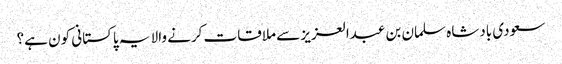
سعودی بادشاہ سلمان بن عبدالعزیز سے ملاقات کرنے والا یہ پاکستانی کون ہے؟